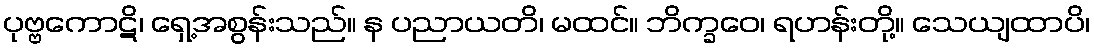
ပုဗ္ဗကောဋိ၊ ရှေ့အစွန်းသည်။ န ပညာယတိ၊ မထင်။ ဘိက္ခဝေ၊ ရဟန်းတို့။ သေယျထာပိ၊